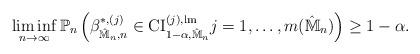
LaTeX: \begin{align*}\liminf_{n \to \infty} \mathbb{P}_n \left(\beta_{\hat{\mathbb{M}}_n, n}^{*, (j)} \in \mathrm{CI}_{1-\alpha, \hat{\mathbb{M}}_n}^{(j), \mathrm{lm}} j = 1, \hdots, m(\hat{\mathbb{M}}_n) \right) \geq 1-\alpha.\end{align*}